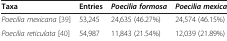
<table><thead><tr><td><b>Taxa</b></td><td><b>Entries</b></td><td><b><i>Poecilia formosa</i></b></td><td><b><i>Poecilia mexicana</i></b></td></tr></thead><tbody><tr><td><i>Poecilia mexicana</i>[39]</td><td>53,245</td><td>24,635 (46.27%)</td><td>24,574 (46.15%)</td></tr><tr><td><i>Poecilia reticulata</i>[40]</td><td>54,987</td><td>11,843 (21.54%)</td><td>12,039 (21.89%)</td></tr></tbody></table>